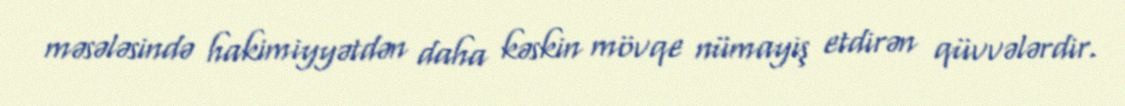
məsələsində hakimiyyətdən daha kəskin mövqe nümayiş etdirən qüvvələrdir.